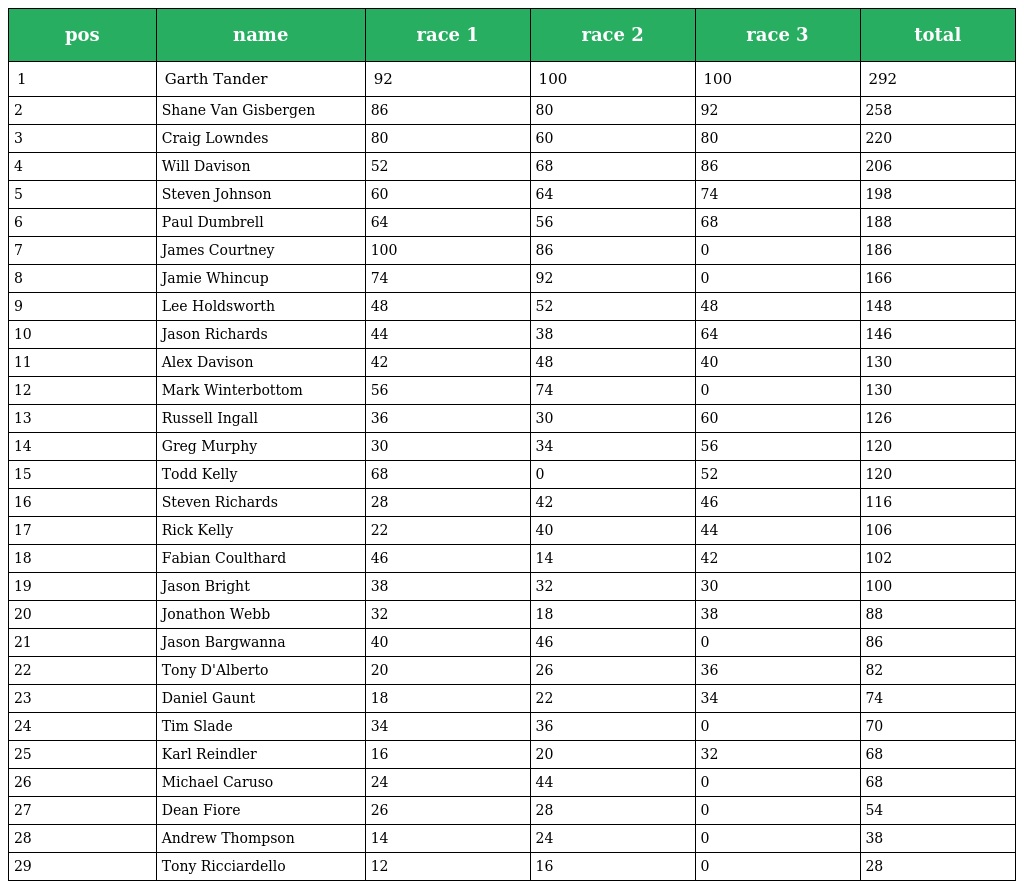
| pos | name | race 1 | race 2 | race 3 | total |
 | --- | --- | --- | --- | --- | --- |
 | 1 | Garth Tander | 92 | 100 | 100 | 292 |
 | 2 | Shane Van Gisbergen | 86 | 80 | 92 | 258 |
 | 3 | Craig Lowndes | 80 | 60 | 80 | 220 |
 | 4 | Will Davison | 52 | 68 | 86 | 206 |
 | 5 | Steven Johnson | 60 | 64 | 74 | 198 |
 | 6 | Paul Dumbrell | 64 | 56 | 68 | 188 |
 | 7 | James Courtney | 100 | 86 | 0 | 186 |
 | 8 | Jamie Whincup | 74 | 92 | 0 | 166 |
 | 9 | Lee Holdsworth | 48 | 52 | 48 | 148 |
 | 10 | Jason Richards | 44 | 38 | 64 | 146 |
 | 11 | Alex Davison | 42 | 48 | 40 | 130 |
 | 12 | Mark Winterbottom | 56 | 74 | 0 | 130 |
 | 13 | Russell Ingall | 36 | 30 | 60 | 126 |
 | 14 | Greg Murphy | 30 | 34 | 56 | 120 |
 | 15 | Todd Kelly | 68 | 0 | 52 | 120 |
 | 16 | Steven Richards | 28 | 42 | 46 | 116 |
 | 17 | Rick Kelly | 22 | 40 | 44 | 106 |
 | 18 | Fabian Coulthard | 46 | 14 | 42 | 102 |
 | 19 | Jason Bright | 38 | 32 | 30 | 100 |
 | 20 | Jonathon Webb | 32 | 18 | 38 | 88 |
 | 21 | Jason Bargwanna | 40 | 46 | 0 | 86 |
 | 22 | Tony D'Alberto | 20 | 26 | 36 | 82 |
 | 23 | Daniel Gaunt | 18 | 22 | 34 | 74 |
 | 24 | Tim Slade | 34 | 36 | 0 | 70 |
 | 25 | Karl Reindler | 16 | 20 | 32 | 68 |
 | 26 | Michael Caruso | 24 | 44 | 0 | 68 |
 | 27 | Dean Fiore | 26 | 28 | 0 | 54 |
 | 28 | Andrew Thompson | 14 | 24 | 0 | 38 |
 | 29 | Tony Ricciardello | 12 | 16 | 0 | 28 |